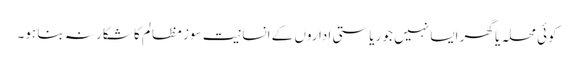
کوئی محلہ یا گھر ایسا نہیں جو ریاستی اداروں کے انسانیت سوز مظالم کا شکار نہ بنا ہو۔